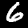
Digit: 6